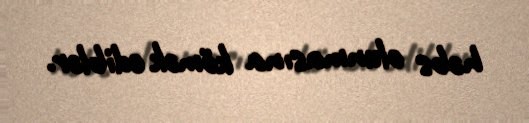
həbs olunmasına kömək ediblər.